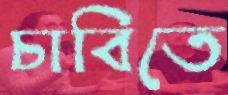
চাবিতে